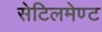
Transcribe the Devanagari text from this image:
सेटिलमेण्ट